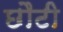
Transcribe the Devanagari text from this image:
छौटी